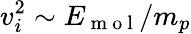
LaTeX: v_{i}^{2}\sim E_{\mathrm{~m~o~l~}}/m_{p}